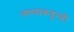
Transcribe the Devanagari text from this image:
त्याच्याकडूनही